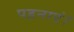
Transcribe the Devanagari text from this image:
पहनाएं।